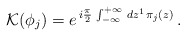
\begin{align*}{\cal K}(\phi_j) = e^{\,i \frac{\pi}{2}\,\int_{- \infty}^{+\infty}\,d z^1\,\pi_j(z)}\,.\end{align*}